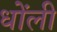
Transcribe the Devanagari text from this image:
धोंली